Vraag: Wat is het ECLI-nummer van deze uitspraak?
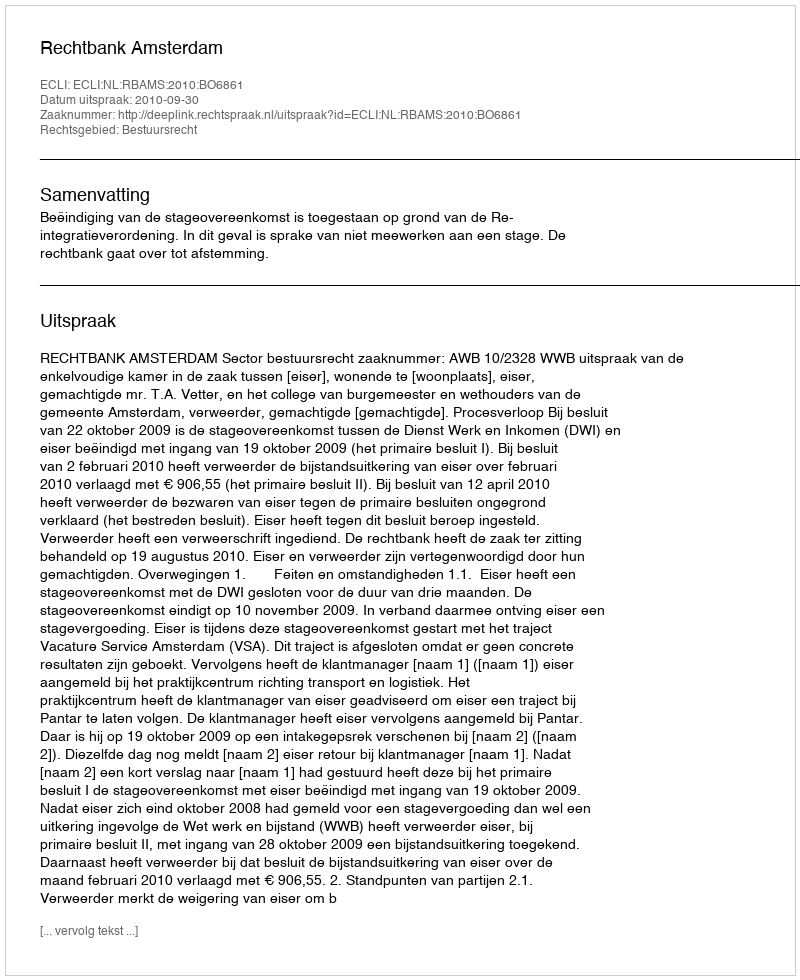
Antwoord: ECLI:NL:RBAMS:2010:BO6861